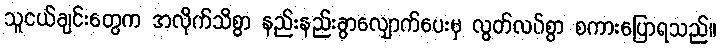
သူငယ်ချင်းတွေက အလိုက်သိစွာ နည်းနည်းခွာလျှောက်ပေးမှ လွတ်လပ်စွာ စကားပြောရသည်။